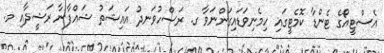
އެސްޓީއޯގެ ޓެންޑާ ކޮމެޓީގައި ހިމެނިވަޑައިގަންނަވާ ގ. ރަސްހުވަނދު އައިޝަތު ޝައްފާނާ ރަޝީދާއި މ.